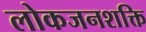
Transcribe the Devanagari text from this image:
लोकजनशक्ति